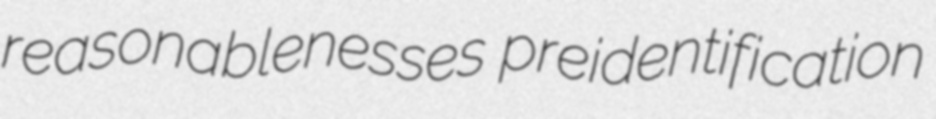
reasonablenesses preidentification